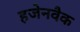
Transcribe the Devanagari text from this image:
हजेनवैक